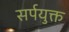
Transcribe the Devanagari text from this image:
सर्पयुक्त